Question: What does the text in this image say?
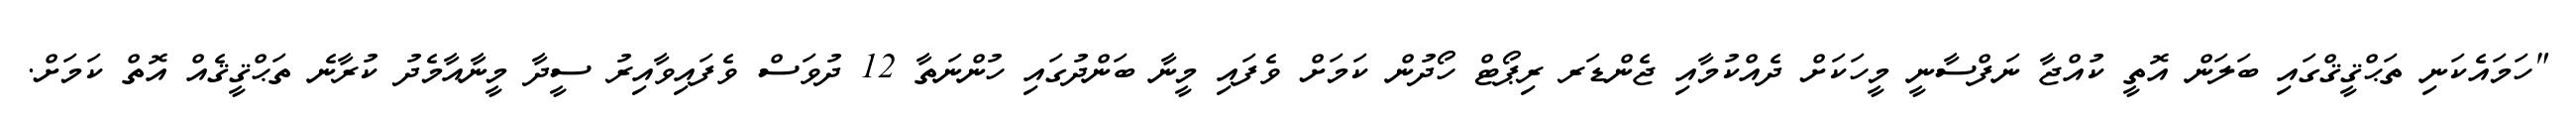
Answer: "ހަމައެކަނި ތަޙްޤީޤްގައި ބަލަން އޮތީ ކުއްޖާ ނަފްސާނީ މީހަކަށް ދެއްކުމާއި ޖެންޑަރ ރިޕޯޓް ހޯދުން ކަމަށް ވެފައި މީނާ ބަންދުގައި ހުންނަތާ 12 ދުވަސް ވެފައިވާއިރު ސީދާ މީނާއާމެދު ކުރާނެ ތަޙްޤީޤެއް އޮތް ކަމަށް.